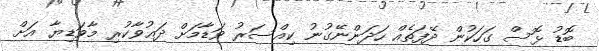
ބޮޑު ޅޮސް ގަހަކުން ދޭފަތެއް ހަދަންނޭގުނު ކިއްސަރު ވަޑާމަށް ދަޢުވާކުރި މާވަޑިޔާ އަށް